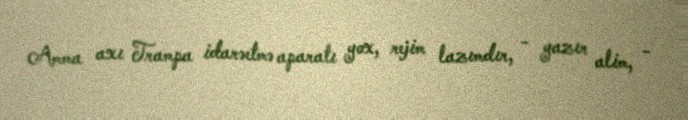
Amma axı Trampa idarəetmə aparatı yox, rejim lazımdır, - yazır alim, -